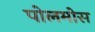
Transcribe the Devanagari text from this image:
पोलमोस